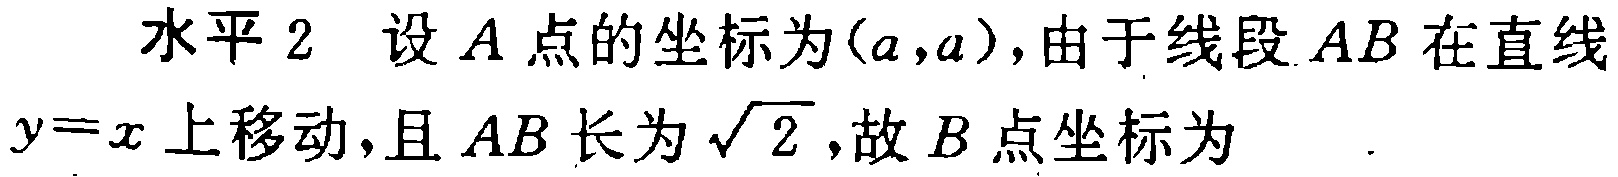
水平 2 设 \(A\) 点的坐标为 \((a,a)\)，由于线段 \(AB\) 在直线 \(y = x\) 上移动，且 \(AB\) 长为 \(\sqrt{2}\)，故 \(B\) 点坐标为  ．